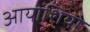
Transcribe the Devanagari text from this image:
आयोशियो